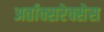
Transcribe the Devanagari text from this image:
अर्ताक्सरेक्सेस